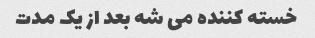
خسته کننده می شه بعد از یک مدت